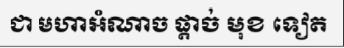
ជា មហាអំណាច ផ្តាច់ មុខ ទៀត